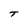
Character: T